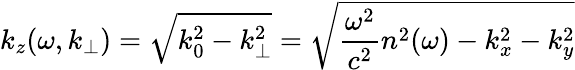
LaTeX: k_{z}(\omega,k_{\perp})=\sqrt{k_{0}^{2}-k_{\perp}^{2}}=\sqrt{\frac{\omega^{2}}{c^{2}}n^{2}(\omega)-k_{x}^{2}-k_{y}^{2}}